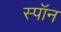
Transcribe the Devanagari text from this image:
स्पॉन